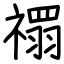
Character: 禤